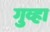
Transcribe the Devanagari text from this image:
गुव्हा